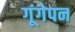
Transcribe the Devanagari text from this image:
गूंगेपन